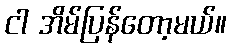
ငါ အိမ်ပြန်တော့မယ်။